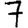
Digit: 7